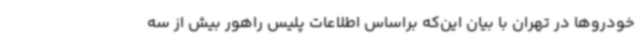
خودروها در تهران با بیان این‌که براساس اطلاعات پلیس راهور بیش از سه